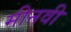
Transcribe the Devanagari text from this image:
मीनवी